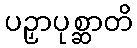
ပဉှာပုစ္ဆာတိ